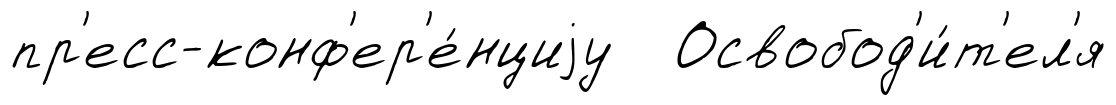
пр'есс-конф'ер'е́нциjу Освобод'и́т'ел'я